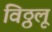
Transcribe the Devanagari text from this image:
विठ्ठलू